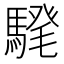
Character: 𩤗